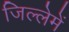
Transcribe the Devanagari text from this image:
जिल्लेमें